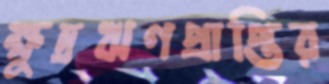
ক্ষুদ্রঋণপ্রাপ্তির